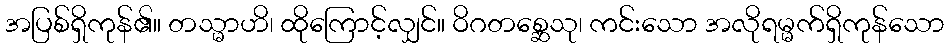
အပြစ်ရှိကုန်၏။ တသ္မာဟိ၊ ထိုကြောင့်လျှင်။ ဝိဂတစ္ဆေသု၊ ကင်းသော အလိုရမ္မက်ရှိကုန်သော